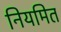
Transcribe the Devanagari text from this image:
नियमित